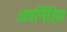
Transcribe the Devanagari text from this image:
अंतर्निहित